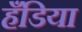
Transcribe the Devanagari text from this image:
हँडिया